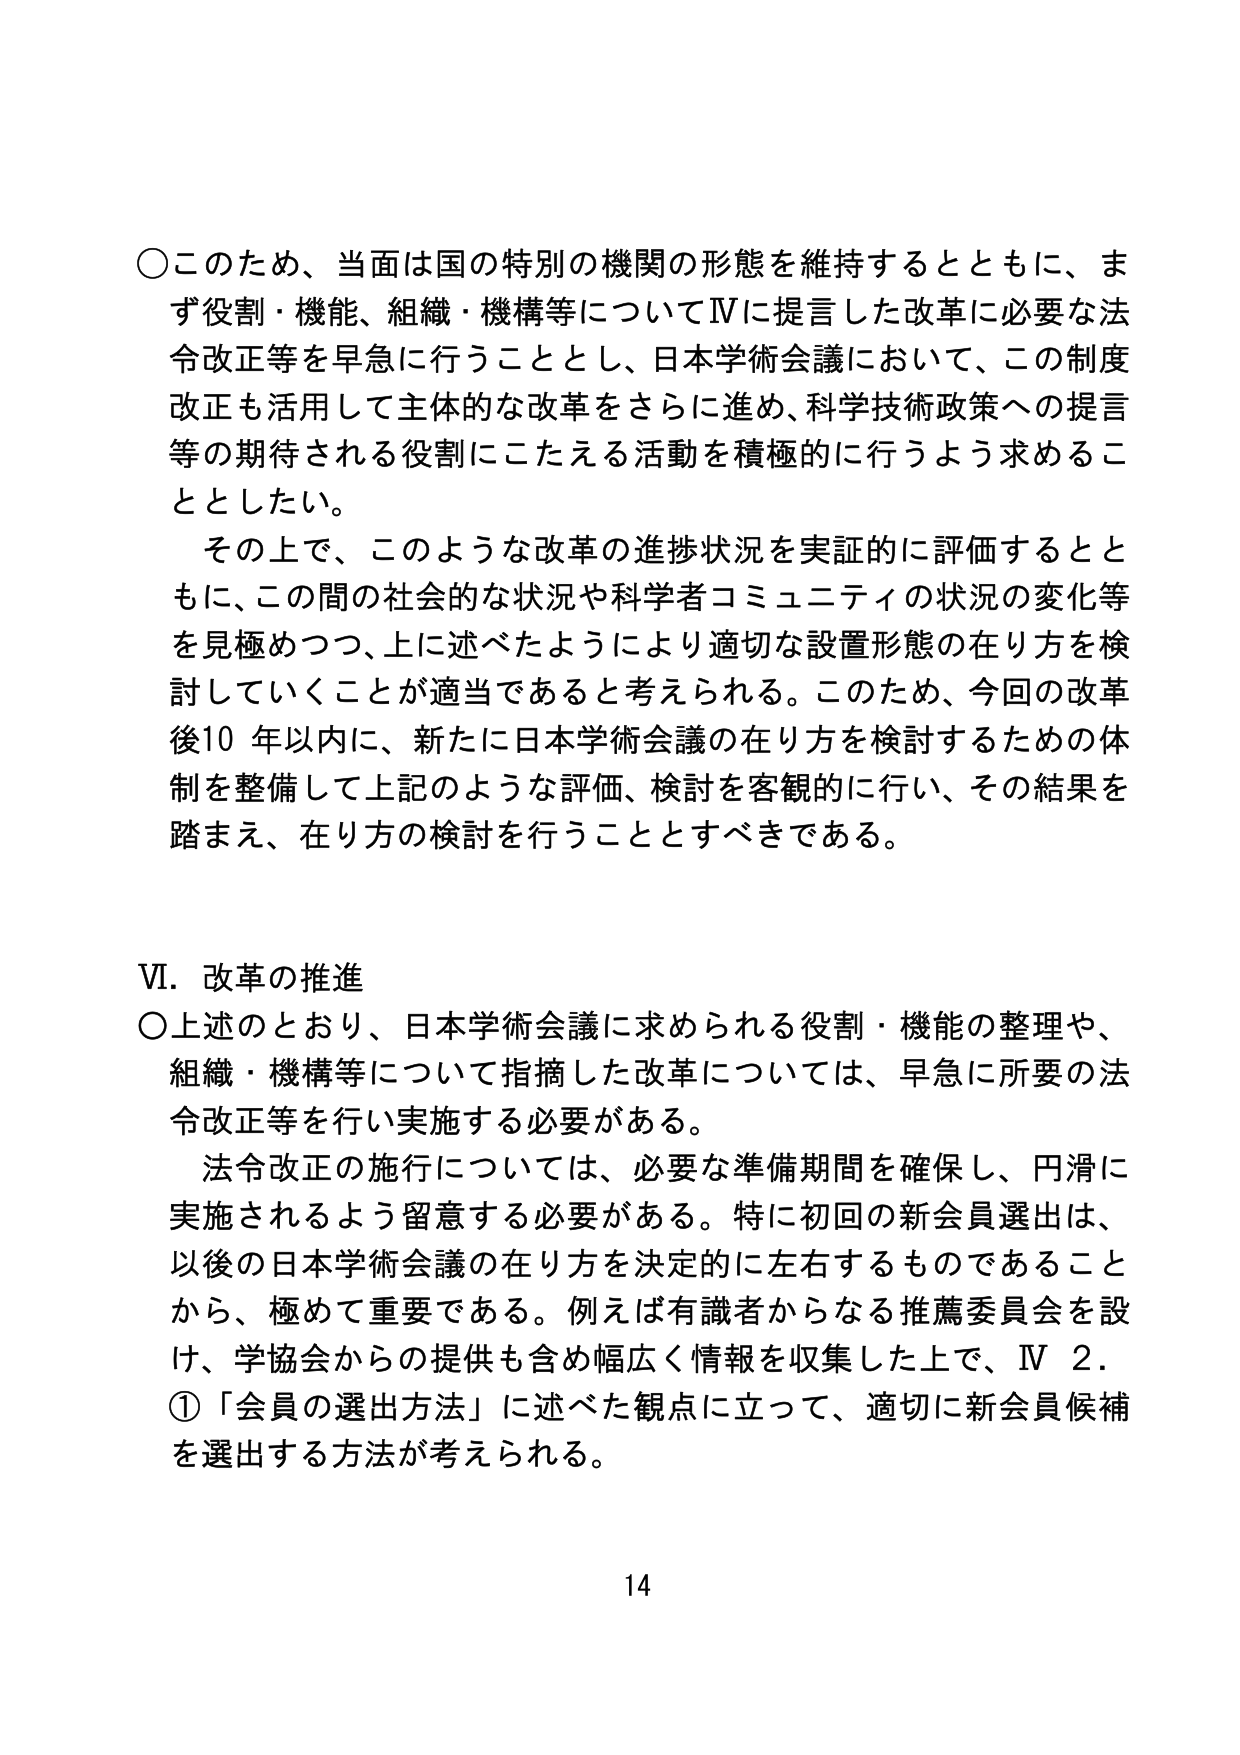
○このため、当面は国の特別の機関の形態を維持するとともに、まず役割・機能、組織・機構等についてⅣに提言した改革に必要な法令改正等を早急に行うこととし、日本学術会議において、この制度改正も活用して主体的な改革をさらに進め、科学技術政策への提言等の期待される役割にこたえる活動を積極的に行うよう求めることとした。

その上で、このような改革の進捗状況を実証的に評価するとともに、この間の社会的な状況や科学者コミュニティの状況の変化等を見極めつつ、上に述べたようにより適切な設置形態の在り方を検討していくことが適当であると考えられる。このため、今回の改革後10年以内に、新たに日本学術会議の在り方を検討するための体制を整備して上記のような評価、検討を客観的に行い、その結果を踏まえ、在り方の検討を行うこととすべきである。

Ⅵ．改革の推進

○上述のとおり、日本学術会議に求められる役割・機能の整理や、組織・機構等について指摘した改革については、早急に所要の法令改正等を行い実施する必要がある。

法令改正の施行については、必要な準備期間を確保し、円滑に実施されるよう留意する必要がある。特に初回の新会員選出は、以後の日本学術会議の在り方を決定的に左右するものであることから、極めて重要である。例えば有識者からなる推薦委員会を設け、学協会からの提供も含め幅広く情報を収集した上で、Ⅳ 2. ①「会員の選出方法」に述べた観点に立って、適切に新会員候補を選出する方法が考えられる。

14